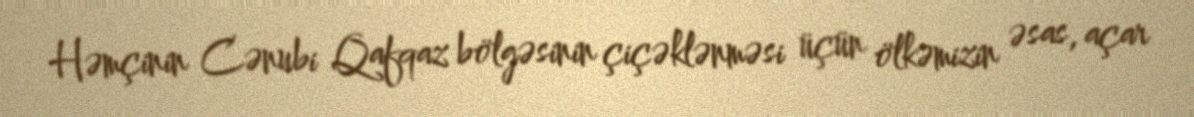
Həmçinin Cənubi Qafqaz bölgəsinin çiçəklənməsi üçün ölkəmizin əsas, açar